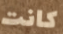
كانت